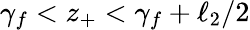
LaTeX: \gamma_{f}<z_{+}<\gamma_{f}+\ell_{2}/2